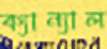
ক্যান্যাল